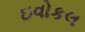
ઇવોકલ